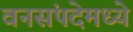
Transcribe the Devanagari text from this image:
वनसंपदेमध्ये